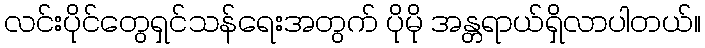
လင်းပိုင်တွေရှင်သန်ရေးအတွက် ပိုမို အန္တရာယ်ရှိလာပါတယ်။